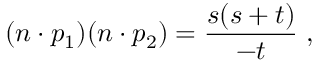
( n \cdot p _ { 1 } ) ( n \cdot p _ { 2 } ) = \frac { s ( s + t ) } { - t } \; ,